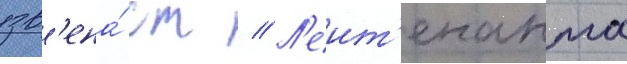
зв'ена́ ст // Л'еит'енанта